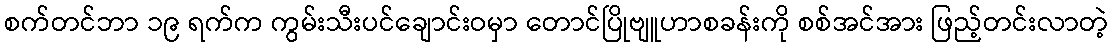
စက်တင်ဘာ ၁၉ ရက်က ကွမ်းသီးပင်ချောင်းဝမှာ တောင်ပြိုဗျူဟာစခန်းကို စစ်အင်အား ဖြည့်တင်းလာတဲ့